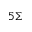
_ { 5 \Sigma }